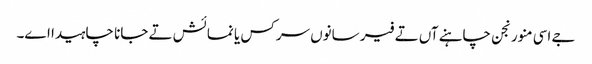
جے اسی منورنجن چاہنے آں تے فیر سانوں سرکس یا نمائش تے جانا چاہیدا اے۔